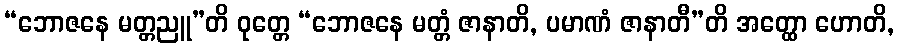
“ဘောဇနေ မတ္တညူ”တိ ဝုတ္တေ “ဘောဇနေ မတ္တံ ဇာနာတိ, ပမာဏံ ဇာနာတီ”တိ အတ္ထော ဟောတိ,